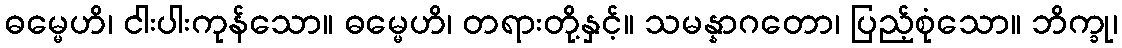
ဓမ္မေဟိ၊ ငါးပါးကုန်သော။ ဓမ္မေဟိ၊ တရားတို့နှင့်။ သမန္နာဂတော၊ ပြည့်စုံသော။ ဘိက္ခု၊